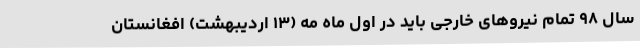
سال ۹۸ تمام نیروهای خارجی باید در اول ماه مه (۱۳ اردیبهشت) افغانستان